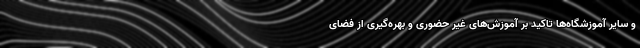
و سایر آموزشگاه‌ها تاکید بر آموزش‌های غیر حضوری و بهره‌گیری از فضای